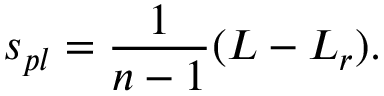
s _ { p l } = \frac { 1 } { n - 1 } ( L - L _ { r } ) .